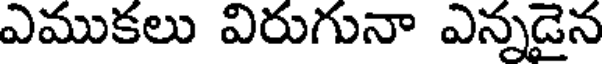
ఎముకలు విరుగునా ఎన్నడైన